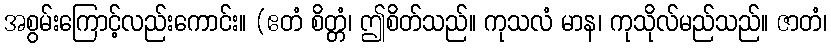
အစွမ်းကြောင့်လည်းကောင်း။ (ဧတံ စိတ္တံ၊ ဤစိတ်သည်။ ကုသလံ မာန၊ ကုသိုလ်မည်သည်။ ဇာတံ၊